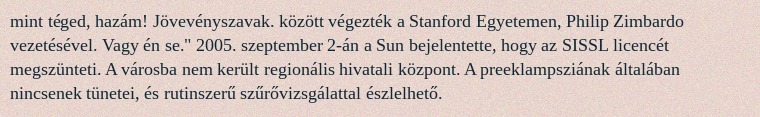
mint téged, hazám! Jövevényszavak. között végezték a Stanford Egyetemen, Philip Zimbardo vezetésével. Vagy én se." 2005. szeptember 2-án a Sun bejelentette, hogy az SISSL licencét megszünteti. A városba nem került regionális hivatali központ. A preeklampsziának általában nincsenek tünetei, és rutinszerű szűrővizsgálattal észlelhető.